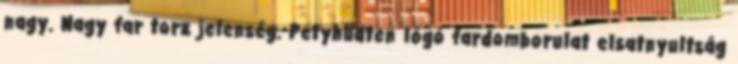
nagy. Nagy far torz jelenség. Petyhüdten lógó fardomborulat elsatnyultság